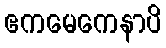
ဧကမေကေနာပိ